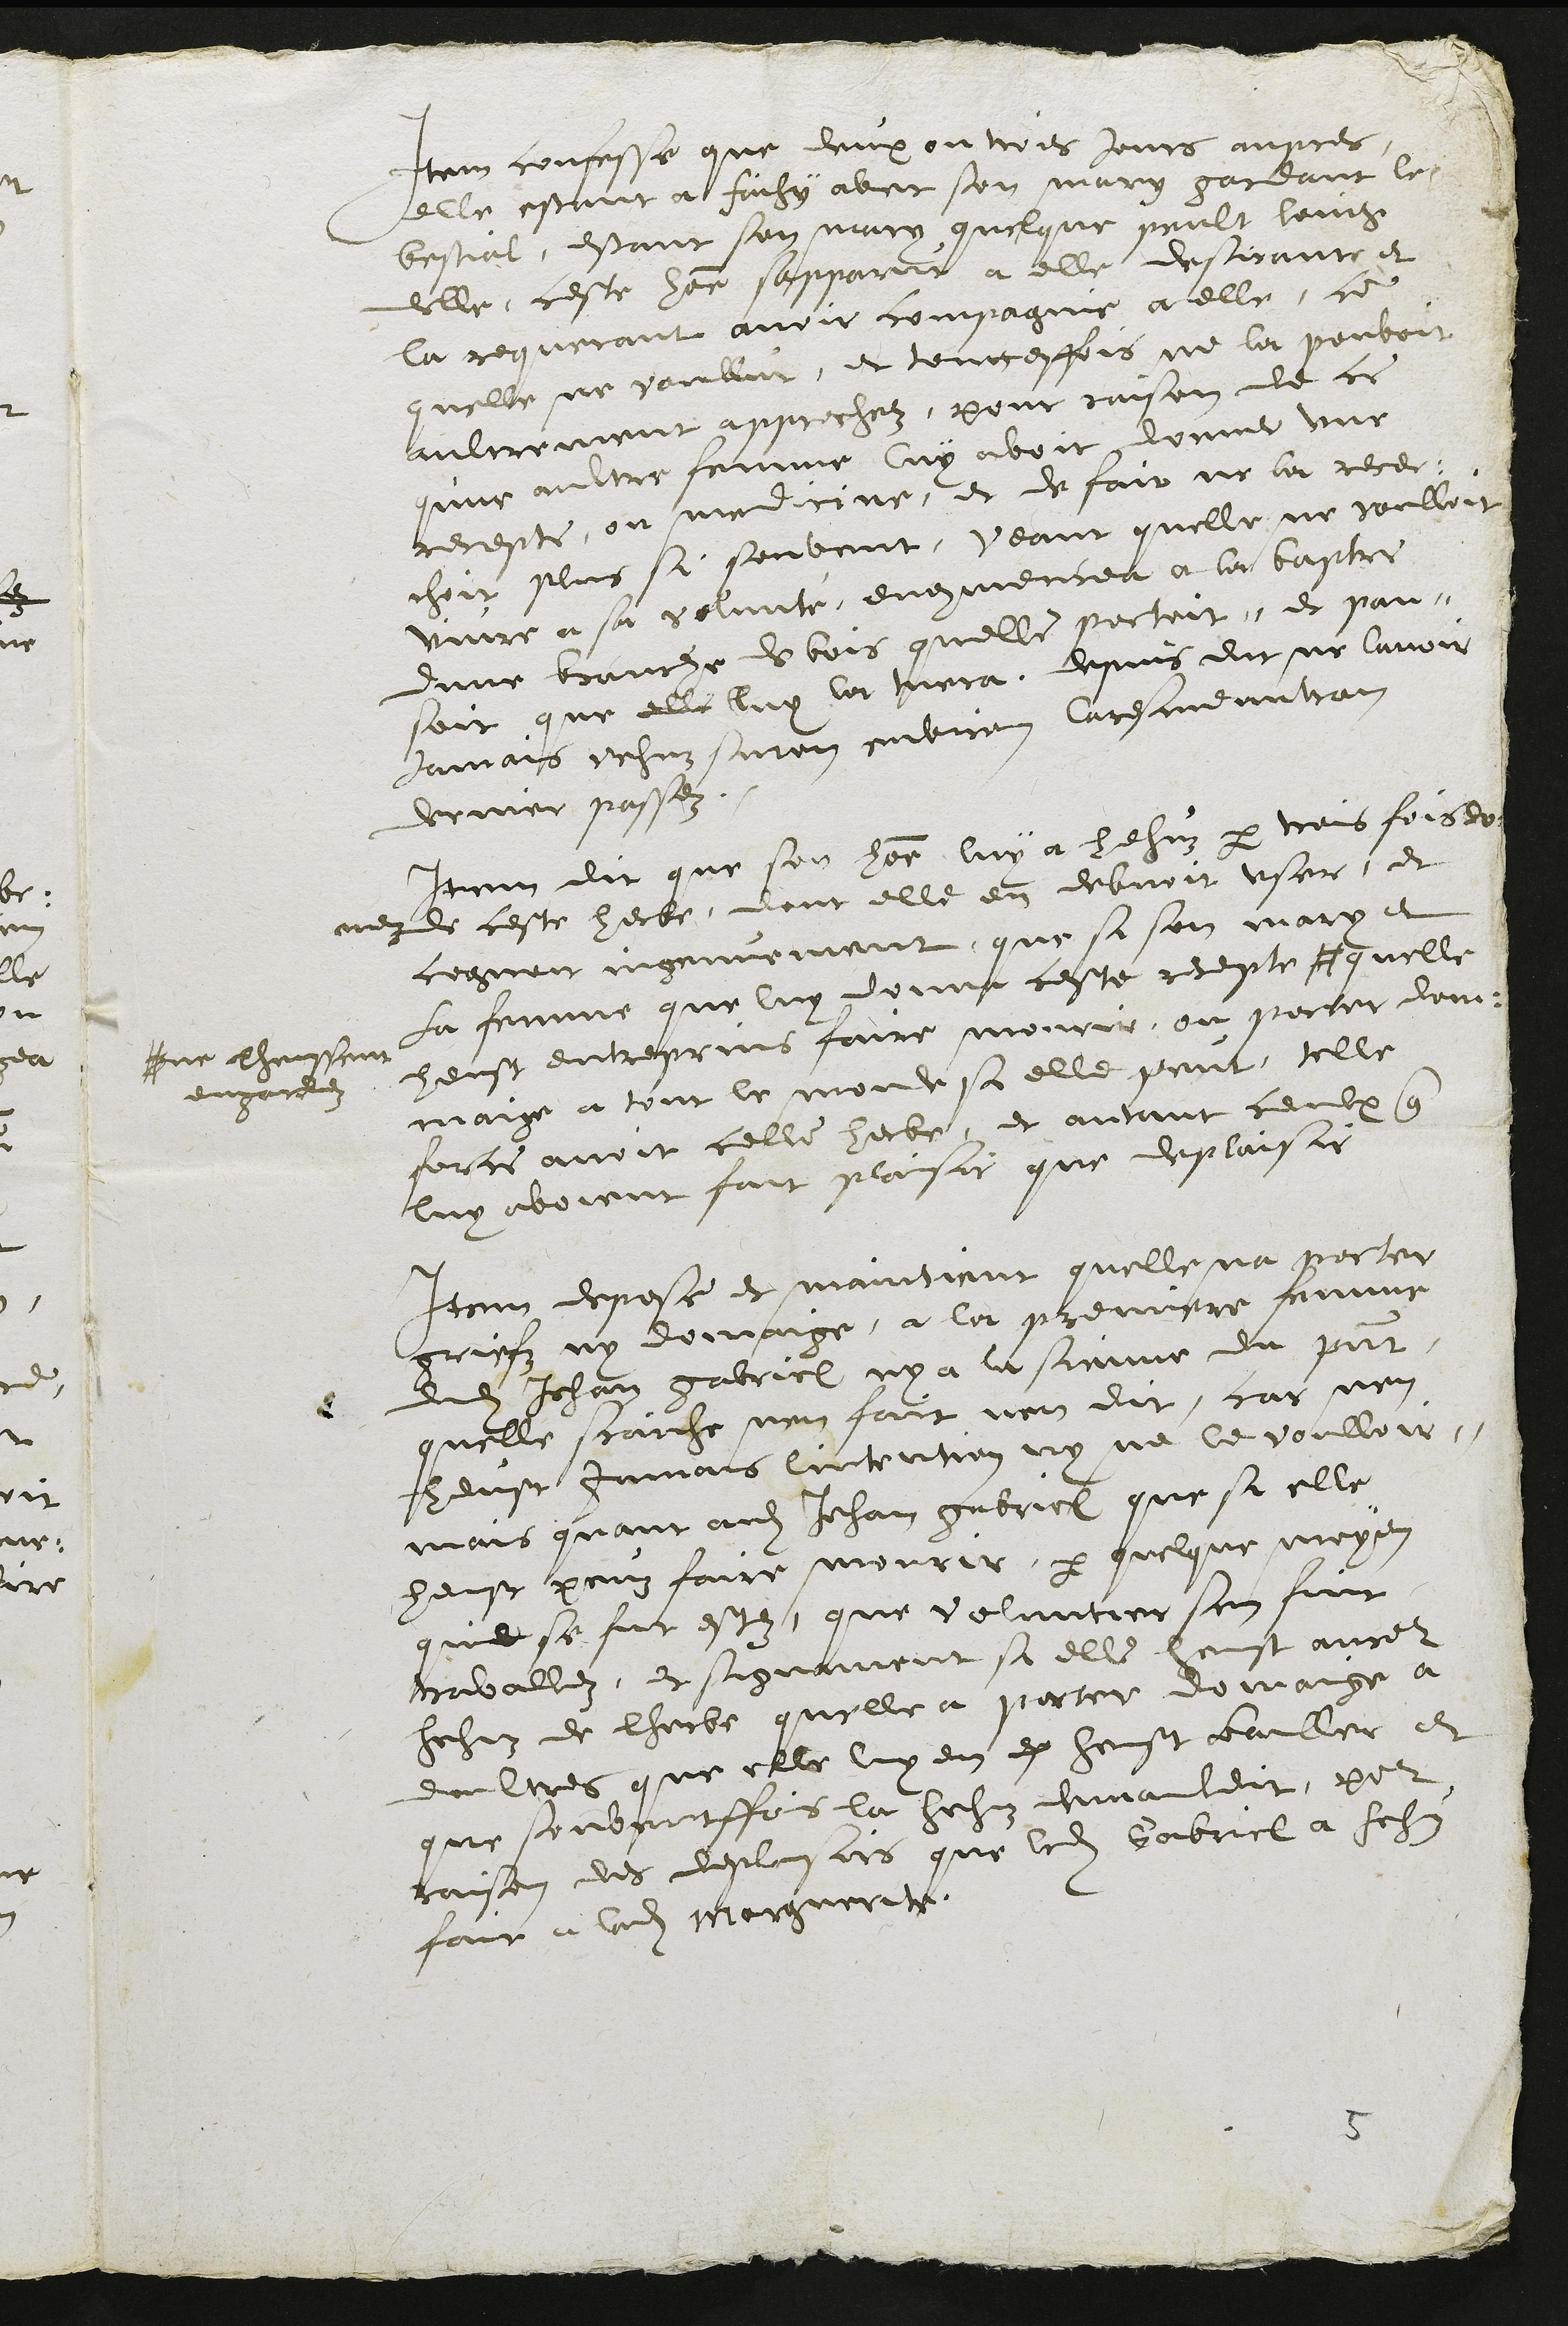
Item confesse que deux ou trois jours aupres
elle estant a faihy avec son mary gardant le
bestial, estant son mary quelque peult loing
delle, ceste homme sapparut a elle desirant et
la requerant avoir compagnie a elle, ce
quelle ne voullut, et touteffois ne la pouvoit
aultrement approchez, pour raison de ce
qune aultre femme luy avoit donner une
recepte ou medicine, et de fair ne la recer-
choit plus si souvent, veant quelle ne voulloit
vivre a sa volunte, encommencea a la baptre
dune branche de bois quelle portoit, et pan-
soit que elle luy la tuera, depuis dit ne lavoir
Jamais vehuz sinon environ Caresme entran
dernier passez.
Item dit que son homme luy a hehuz par trois fois do-
nez de ceste herbe, dont elle en debvoit user, et
cognoit ingenuement que si son mary et
La femme que luy donna ceste recepte  #
# ne lheussent
engardez
quelle
heust entreprins faire mourir, ou porter dom-
maige a tout le monde si elle peut, telle
force avoit celle herbe, et autant ceulx que
luy avoient fait plaisir que desplaisie
Item depose et maintient quelle na porter
griefz ny domaige a la premiere femme
dudit Jehan gabriel ny a la sienne du present,
quelle saiche nen fait nen dit, car nen
heust jamais lintention ny ne le voulloir
mais quant audit Jehan gabriel que si elle
heust peuz faire mourir, par quelque moyen
que se fut estez, que voluntier sen fuit
travallez, et signament si elle heust ancor
hehuz de lherbe quelle a porter domaige a
daultres que elle luy en es heust bailler et
que souventffois la hehuz demauldit, pour
raison des deplaisir que ledit Gabriel a hehuz
fait a ladite Marguerite.

5